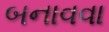
બનાવવા